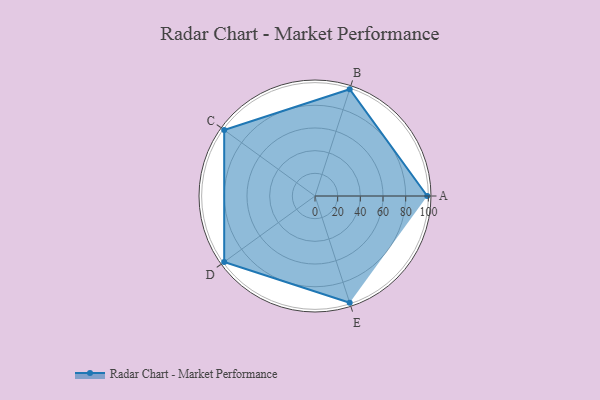
{"axis": {"x": "Skill", "y": "Score"}, "legend": ["Profile"], "data": [{"x": "A", "y": 99, "type": "Profile"}, {"x": "B", "y": 99, "type": "Profile"}, {"x": "C", "y": 99, "type": "Profile"}, {"x": "D", "y": 99, "type": "Profile"}, {"x": "E", "y": 99, "type": "Profile"}]}